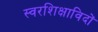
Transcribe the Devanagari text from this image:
स्वरशिक्षाविदों